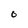
Character: 0